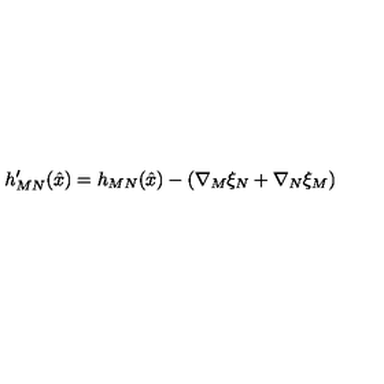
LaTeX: h _ { M N } ^ { \prime } ( \hat { x } ) = h _ { M N } ( \hat { x } ) - \left( \nabla _ { M } \xi _ { N } + \nabla _ { N } \xi _ { M } \right)